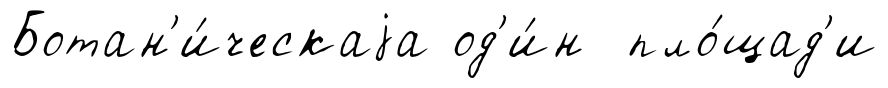
Ботан'и́ческаjа од'и́н пло́щад'и